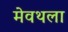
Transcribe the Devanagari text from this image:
मेवथला